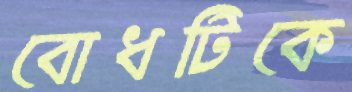
বোধটিকে